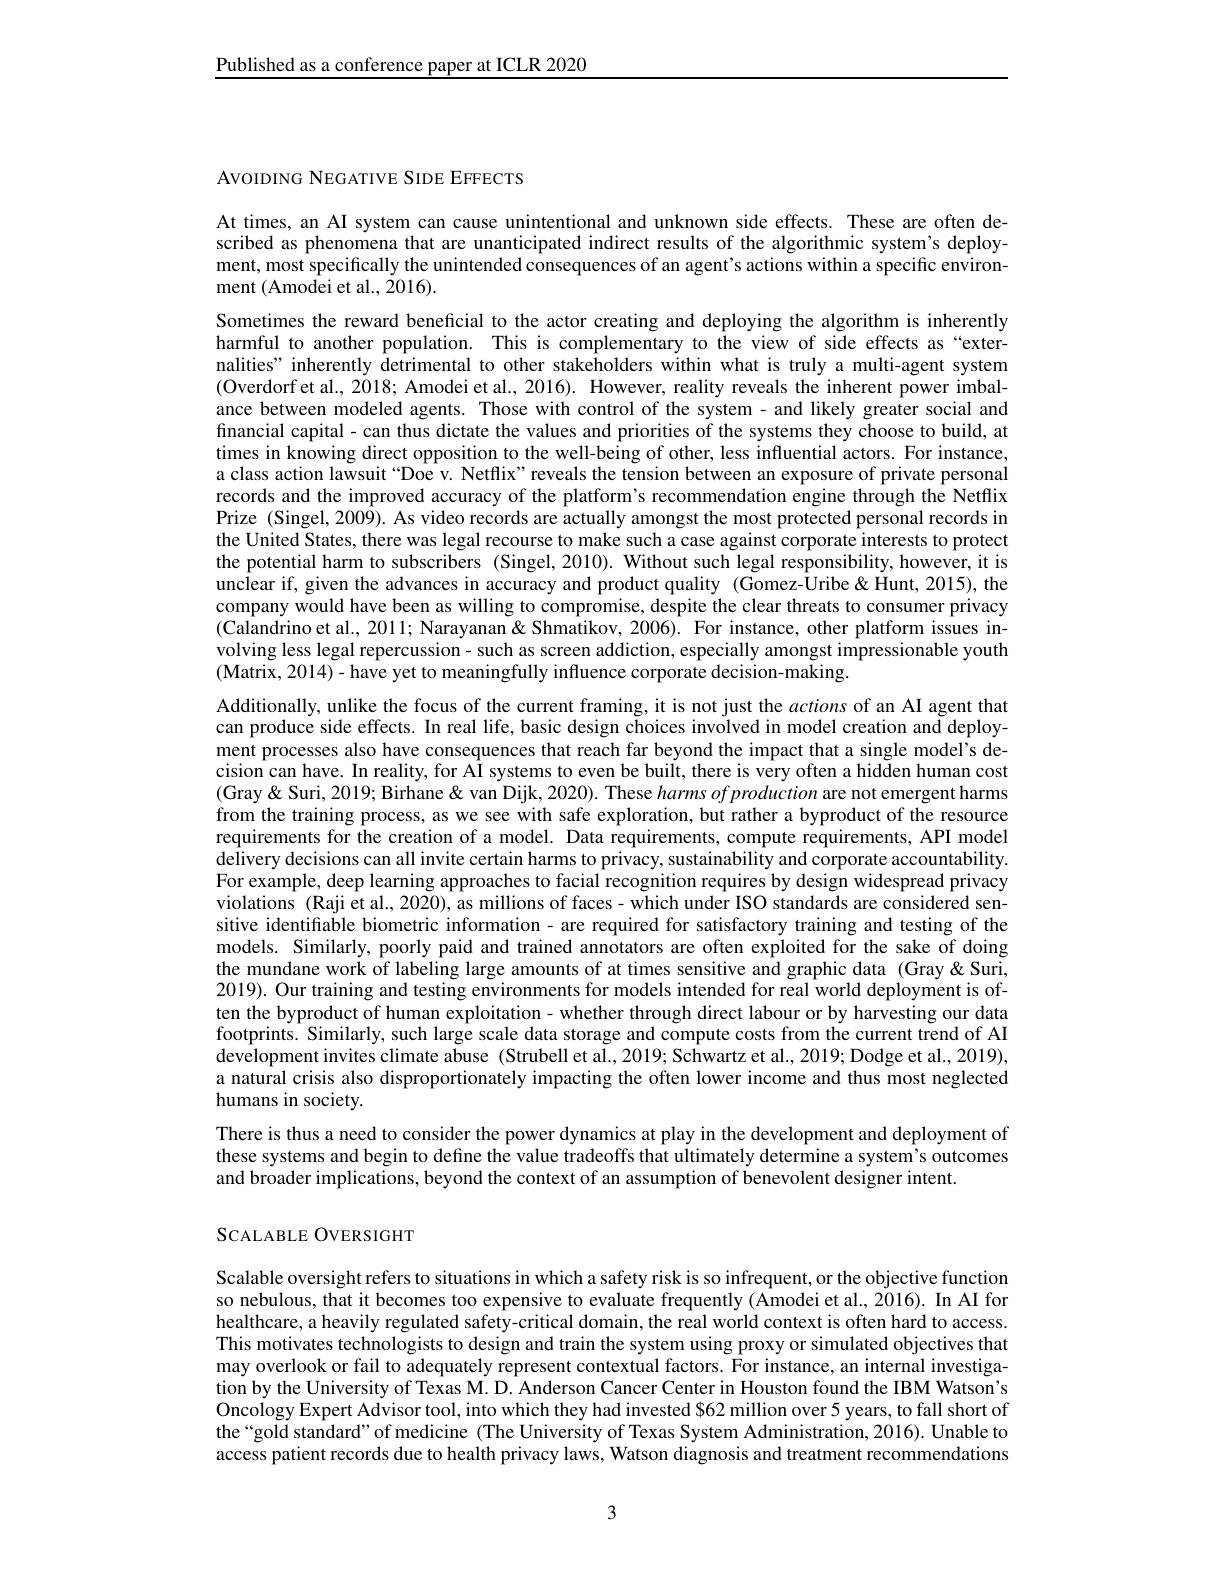
Published as a conference paper at ICLR 2020

AVOIDING NEGATIVE SIDE EFFECTS

At times, an AI system can cause unintentional and unknown side effects. These are often described as phenomena that are unanticipated indirect results of the algorithmic system's deployment, most specifically the unintended consequences of an agent's actions within a specific environment (Amodei et al., 2016).
Sometimes the reward beneficial to the actor creating and deploying the algorithm is inherently harmful to another population. This is complementary to the view of side effects as `externalities" inherently detrimental to other stakeholders within what is truly a multi-agent system (Overdorf et al., 2$\tilde{0}18;$ Amodei et al., 2016). However, reality reveals the inherent power imbalance between modeled agents. Those with control of the system- and likely greater social and financial capital- can thus dictate the values and priorities of the systems they choose to build, at times in knowing direct opposition to the well-being of other, less influential actors. For instance, a class action lawsuit “Doe v. Netflix" reveals the tension between an exposure of private personal records and the improved accuracy of the platform's recommendation engine through the Netflix Prize (Singel, 2009). As video records are actually amongst the most protected personal records in the United States, there was legal recourse to make such a case against corporate interests to protect the potential harm to subscribers (Singel, 2010). Without such legal responsibility, however, it is unclear if, given the advances in accuracy and product quality (Gomez-Uribe &Hunt, 2015), the company would have been as willing to compromise, despite the clear threats to consumer privacy (Calandrino et al., 2011; Narayanan& Shmatikov, 2006). For instance, other platform issues involving less legal repercussion- such as screen addiction, especially amongst impressionable youth (Matrix, 2014)- have yet to meaningfully influence corporate decision-making.
Additionally, unlike the focus of the current framing, it is not just the actions of an AI agent that can produce side effects. In real life, basic design choices involved in model creation and deployment processes also have consequences that reach far beyond the impact that a single model's decision can have. In reality, for AI systems to even be built, there is very often a hidden human cost (Gray & Suri, 2019; Birhane & van Dijk, 2020). These harms of production are not emergent harms from the training process, as we see with safe exploration, but rather a byproduct of the resource requirements for the creation of a model. Data requirements, compute requirements, API model delivery decisions can all invite certain harms to privacy, sustainability and corporate accountability. For example, deep learning approaches to facial recognition requires by design widespread privacy violations (Raji et al., 2020), as millions of faces- which under ISO standards are considered sensitive identiffable biometric information- are required for satisfactory training and testing of the models. Similarly, poorly paid and trained annotators are often exploited for the sake of doing the mundane work of labeling large amounts of at times sensitive and graphic data (Gray&Suri, 2019). Our training and testing environments for models intended for real world deployment is often the byproduct of human exploitation - whether through direct labour or by harvesting our data footprints. Similarly, such large scale data storage and compute costs from the current trend of AI development invites climate abuse (Strubell et al., 2019; Schwartz et al., 2019; Dodge et al., 2019), a natural crisis also disproportionately impacting the often lower income and thus most neglected humans in society.
There is thus a need to consider the power dynamics at play in the development and deployment of these systems and begin to define the value tradeoffs that ultimately determine a system's outcomes and broader implications, beyond the context of an assumption of benevolent designer intent.

SCALABLE OVERSIGHT

Scalable oversight refers to situations in which a safety risk is so infrequent, or the objective function so nebulous, that it becomes too expensive to evaluate frequently (Amodei et al., 2016). In AI for healthcare, a heavily regulated safety-critical domain, the real world context is often hard to access. This motivates technologists to design and train the system using proxy or simulated objectives that may overlook or fail to adequately represent contextual factors. For instance, an internal investigation by the University of Texas M. D. Anderson Cancer Center in Houston found the IBM Watson's Oncology Expert Advisor tool, into which they had invested $62 million over 5 years, to fall short of the“gold standard”of medicine (The University of Texas System Administration, 2016). Unable to access patient records due to health privacy laws, Watson diagnosis and treatment recommendations

3